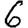
Digit: 6